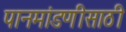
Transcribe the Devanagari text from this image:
पानमांडणीसाठी